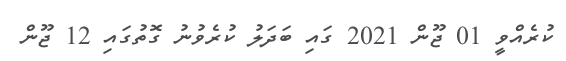
ކުރެއްވީ 01 ޖޫން 2021 ގައި ބަދަލު ކުރެވުނު ގޮތުގައި 12 ޖޫން